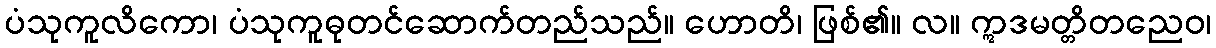
ပံသုကူလိကော၊ ပံသုကူဓုတင်ဆောက်တည်သည်။ ဟောတိ၊ ဖြစ်၏။ လ။ ဣဒမတ္တိတညေဝ၊